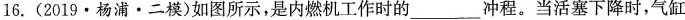
16.（2019.杨浦。二模）如图所示，是内燃机工作时的___过程。当活塞下降时，气缸